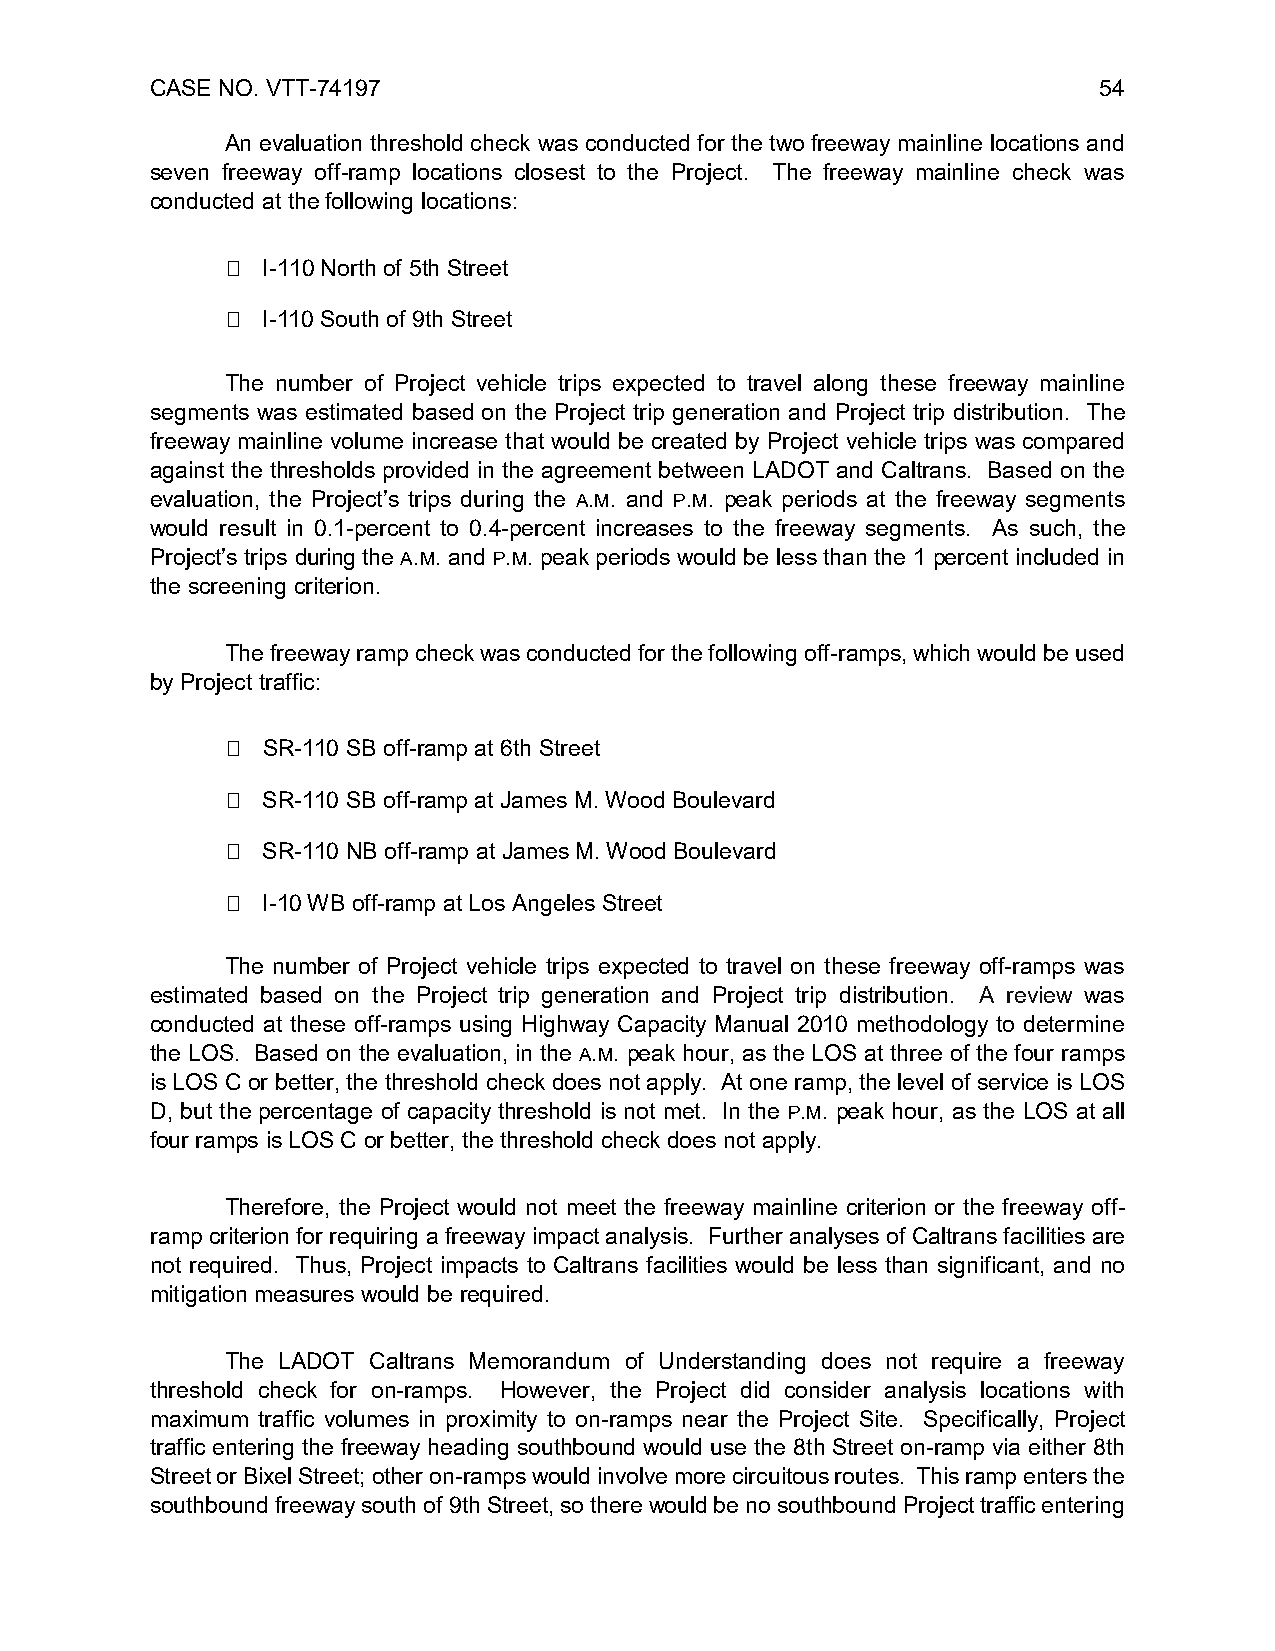
CASE NO. VTT-74197                                             54
 An evaluation threshold check was conducted for the two freeway mainline locations and
 seven freeway off-ramp locations closest to the Project. The freeway mainline check was
 conducted at the following locations:
  I-110 North of 5th Street
  I-110 South of 9th Street
 The number of Project vehicle trips expected to travel along these freeway mainline
 segments was estimated based on the Project trip generation and Project trip distribution. The
 freeway mainline volume increase that would be created by Project vehicle trips was compared
 against the thresholds provided in the agreement between LADOT and Caltrans. Based on the
 evaluation, the Project’s trips during the A.M. and P.M. peak periods at the freeway segments
 would result in 0.1-percent to 0.4-percent increases to the freeway segments. As such, the
 Project’s trips during the A.M. and P.M. peak periods would be less than the 1 percent included in
 the screening criterion.
 The freeway ramp check was conducted for the following off-ramps, which would be used
 by Project traffic:
  SR-110 SB off-ramp at 6th Street
  SR-110 SB off-ramp at James M. Wood Boulevard
  SR-110 NB off-ramp at James M. Wood Boulevard
  I-10 WB off-ramp at Los Angeles Street
 The number of Project vehicle trips expected to travel on these freeway off-ramps was
 estimated based on the Project trip generation and Project trip distribution. A review was
 conducted at these off-ramps using Highway Capacity Manual 2010 methodology to determine
 the LOS. Based on the evaluation, in the A.M. peak hour, as the LOS at three of the four ramps
 is LOS C or better, the threshold check does not apply. At one ramp, the level of service is LOS
 D, but the percentage of capacity threshold is not met. In the P.M. peak hour, as the LOS at all
 four ramps is LOS C or better, the threshold check does not apply.
 Therefore, the Project would not meet the freeway mainline criterion or the freeway off-
 ramp criterion for requiring a freeway impact analysis. Further analyses of Caltrans facilities are
 not required. Thus, Project impacts to Caltrans facilities would be less than significant, and no
 mitigation measures would be required.
 The LADOT Caltrans Memorandum of Understanding does not require a freeway
 threshold check for on-ramps. However, the Project did consider analysis locations with
 maximum traffic volumes in proximity to on-ramps near the Project Site. Specifically, Project
 traffic entering the freeway heading southbound would use the 8th Street on-ramp via either 8th
 Street or Bixel Street; other on-ramps would involve more circuitous routes. This ramp enters the
 southbound freeway south of 9th Street, so there would be no southbound Project traffic entering